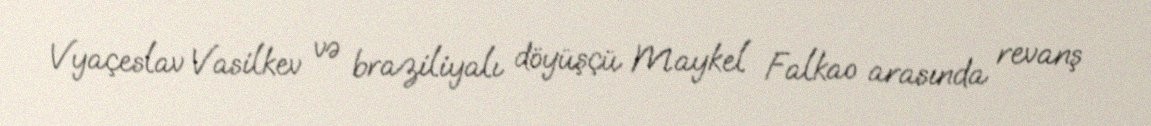
Vyaçeslav Vasilkev və braziliyalı döyüşçü Maykel Falkao arasında revanş